Document type: Grant
Year: 1232
Scribe: Berenguer de Clos
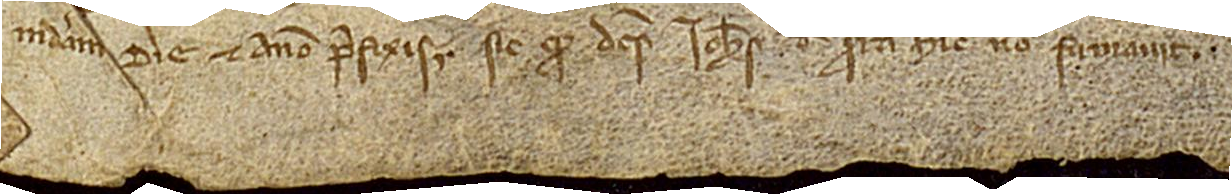
“mediam”, die et anno prefixis, sic quod dictus Iohannes de Serra hic non firmavit.